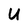
Character: U